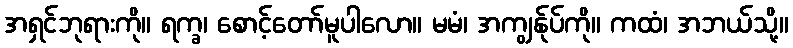
အရှင်ဘုရားကို။ ရက္ခ၊ စောင့်တော်မူပါလော။ မမံ၊ အကျွန်ုပ်ကို။ ကထံ၊ အဘယ်သို့။